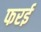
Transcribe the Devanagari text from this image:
फरई